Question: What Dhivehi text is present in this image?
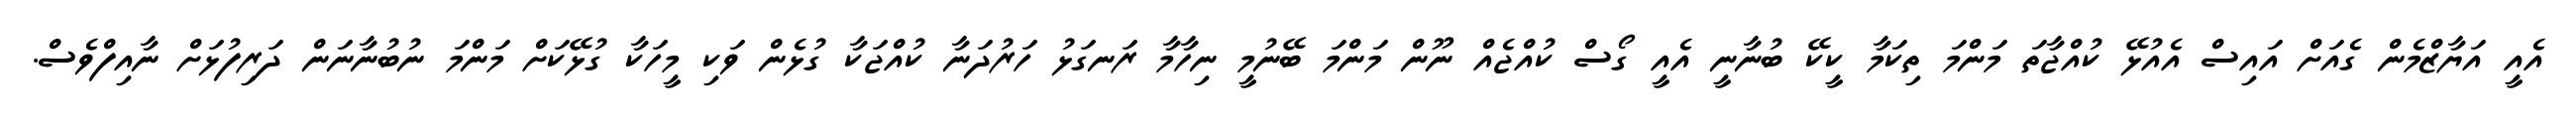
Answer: އެއީ އަޔާޒްމެން ގެއަށް އައިސް އެއުޅޭ ކުއްޖާތަ މަންމަ ތިކަމާ ކީކޭ ބުނާނީ އެއީ ގޯސް ކުއްޖެއް ނޫން މަންމަ ބޭނުމީ ނިހާމާ ރަނގަޅު ހަރުދަނާ ކުއްޖަކާ ގުޅެން ވަކި މީހަކާ ގުޅޭކަށް މަންމަ ނުބުނާނަން ދަރިފުޅަށް ނާއިފްވެސް.